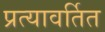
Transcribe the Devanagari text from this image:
प्रत्यावर्तित